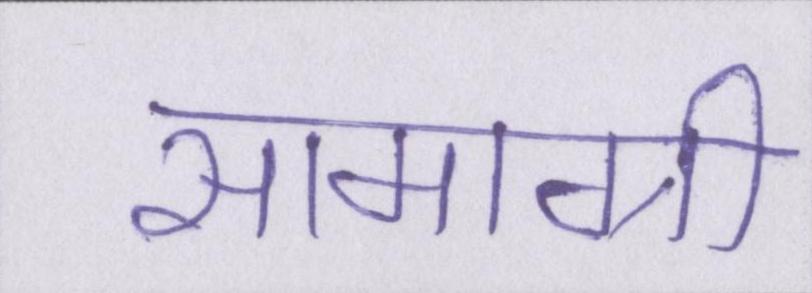
सामाग्री